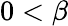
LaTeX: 0<\beta